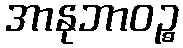
အာနုဘာဝဉ္စ